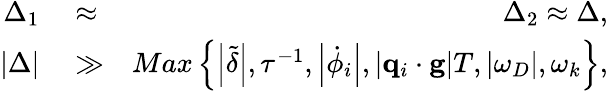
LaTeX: \begin{array}{rlr}{\Delta_{1}}&{{}\approx}&{\Delta_{2}\approx\Delta,}\\ {\left\vert\Delta\right\vert}&{{}\gg}&{Max\left\{ \left\vert\tilde{\delta}\right\vert,\tau^{-1},\left\vert\dot{\phi}_{i}\right\vert,\left\vert\mathbf{q}_{i}\cdot\mathbf{g}\right\vert T,\left\vert\omega_{D}\right\vert,\omega_{k}\right\} ,}\end{array}